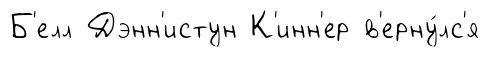
Б'елл Дэнн'истун К'инн'ер в'ерну́лс'я